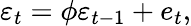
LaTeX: \varepsilon_{t}=\phi\varepsilon_{t-1}+e_{t},